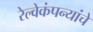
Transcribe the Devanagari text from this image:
रेल्वेकंपन्यांचे